Punjab Mental Hospital Lahore 1922-31 - 1922-1931
Year: 1922
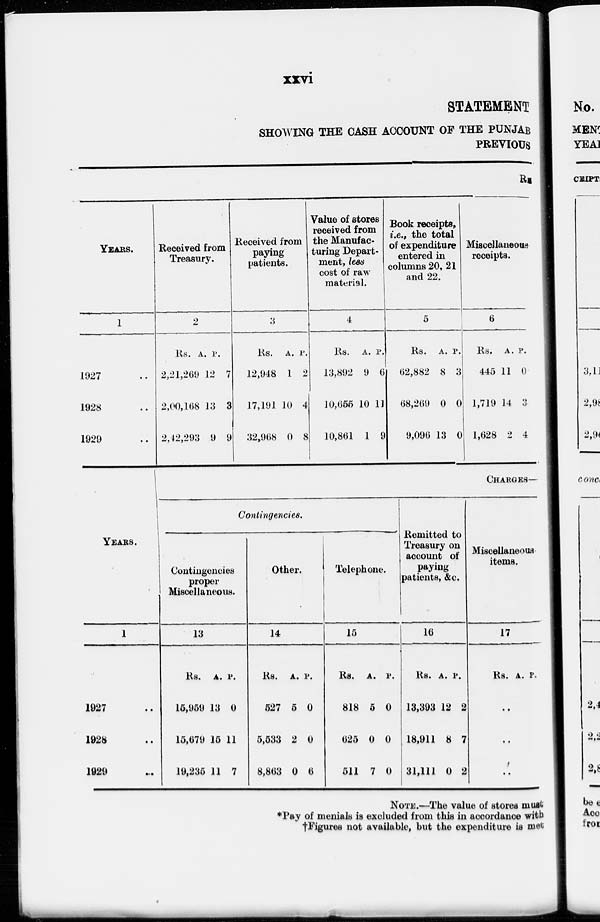
xxvi
STATEMENT
SHOWING THE CASH ACCOUNT OF THE PUNJAB
PREVIOUS
RE
YEARS.
1
1927 ..
1928 ..
1929 ..
Received from
Treasury.
2
Rs.
2,21,269
2,00,168
2,42,293
A.
12
13
9
P.
7
3
9
Received from
paying
patients.
3
Rs.
12,948
17,191
32,968
A.
1
10
0
P.
2
4
8
Value of stores
received from
the Manufac-
turing Depart-
ment, lees
cost of raw
material.
4
Rs.
13,892
10,655
10,861
A.
9
10
1
P.
6
11
9
Book receipts,
i.e., the total
of expenditure
entered in
columns 20, 21
and 22.
5
Rs.
62,882
68,269
9,096
A.
8
0
13
P.
3
0
0
Miscellaneous-
receipts.
6
Rs.
445
1,719
1,628
A.
11
14
2
P.
0
3
4
YEARS.
1
1927 ..
1928 ..
1929 ..
CHARGES—
Contingencies.
Contingencies
proper
Miscellaneous.
13
Rs.
15,959
15,679
19,235
A.
13
15
11
P.
0
11
7
Other.
14
Rs.
527
5,533
8,863
A.
5
2
0
P.
0
0
6
Telephone.
15
Rs.
818
625
511
A.
5
0
7
P.
0
0
0
Remitted to
Treasury on
account of
paying
patients, &c.
16
Rs.
13,393
18,911
31,111
A.
12
8
0
P.
2
7
2
Miscellaneous-
items.
17
Rs. A. P.
..
..
..
NOTE.—The value of stores must
*Pay of menials is excluded from this in accordance with
†Figures not available, but the expenditure is met